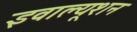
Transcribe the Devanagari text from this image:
इवाल्यूशन